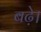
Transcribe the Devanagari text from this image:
बढे़।